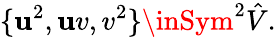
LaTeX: \{ \mathbf{u}^{2},\mathbf{u}v,v^{2}\} \inSym^{2}\hat{{V}}.